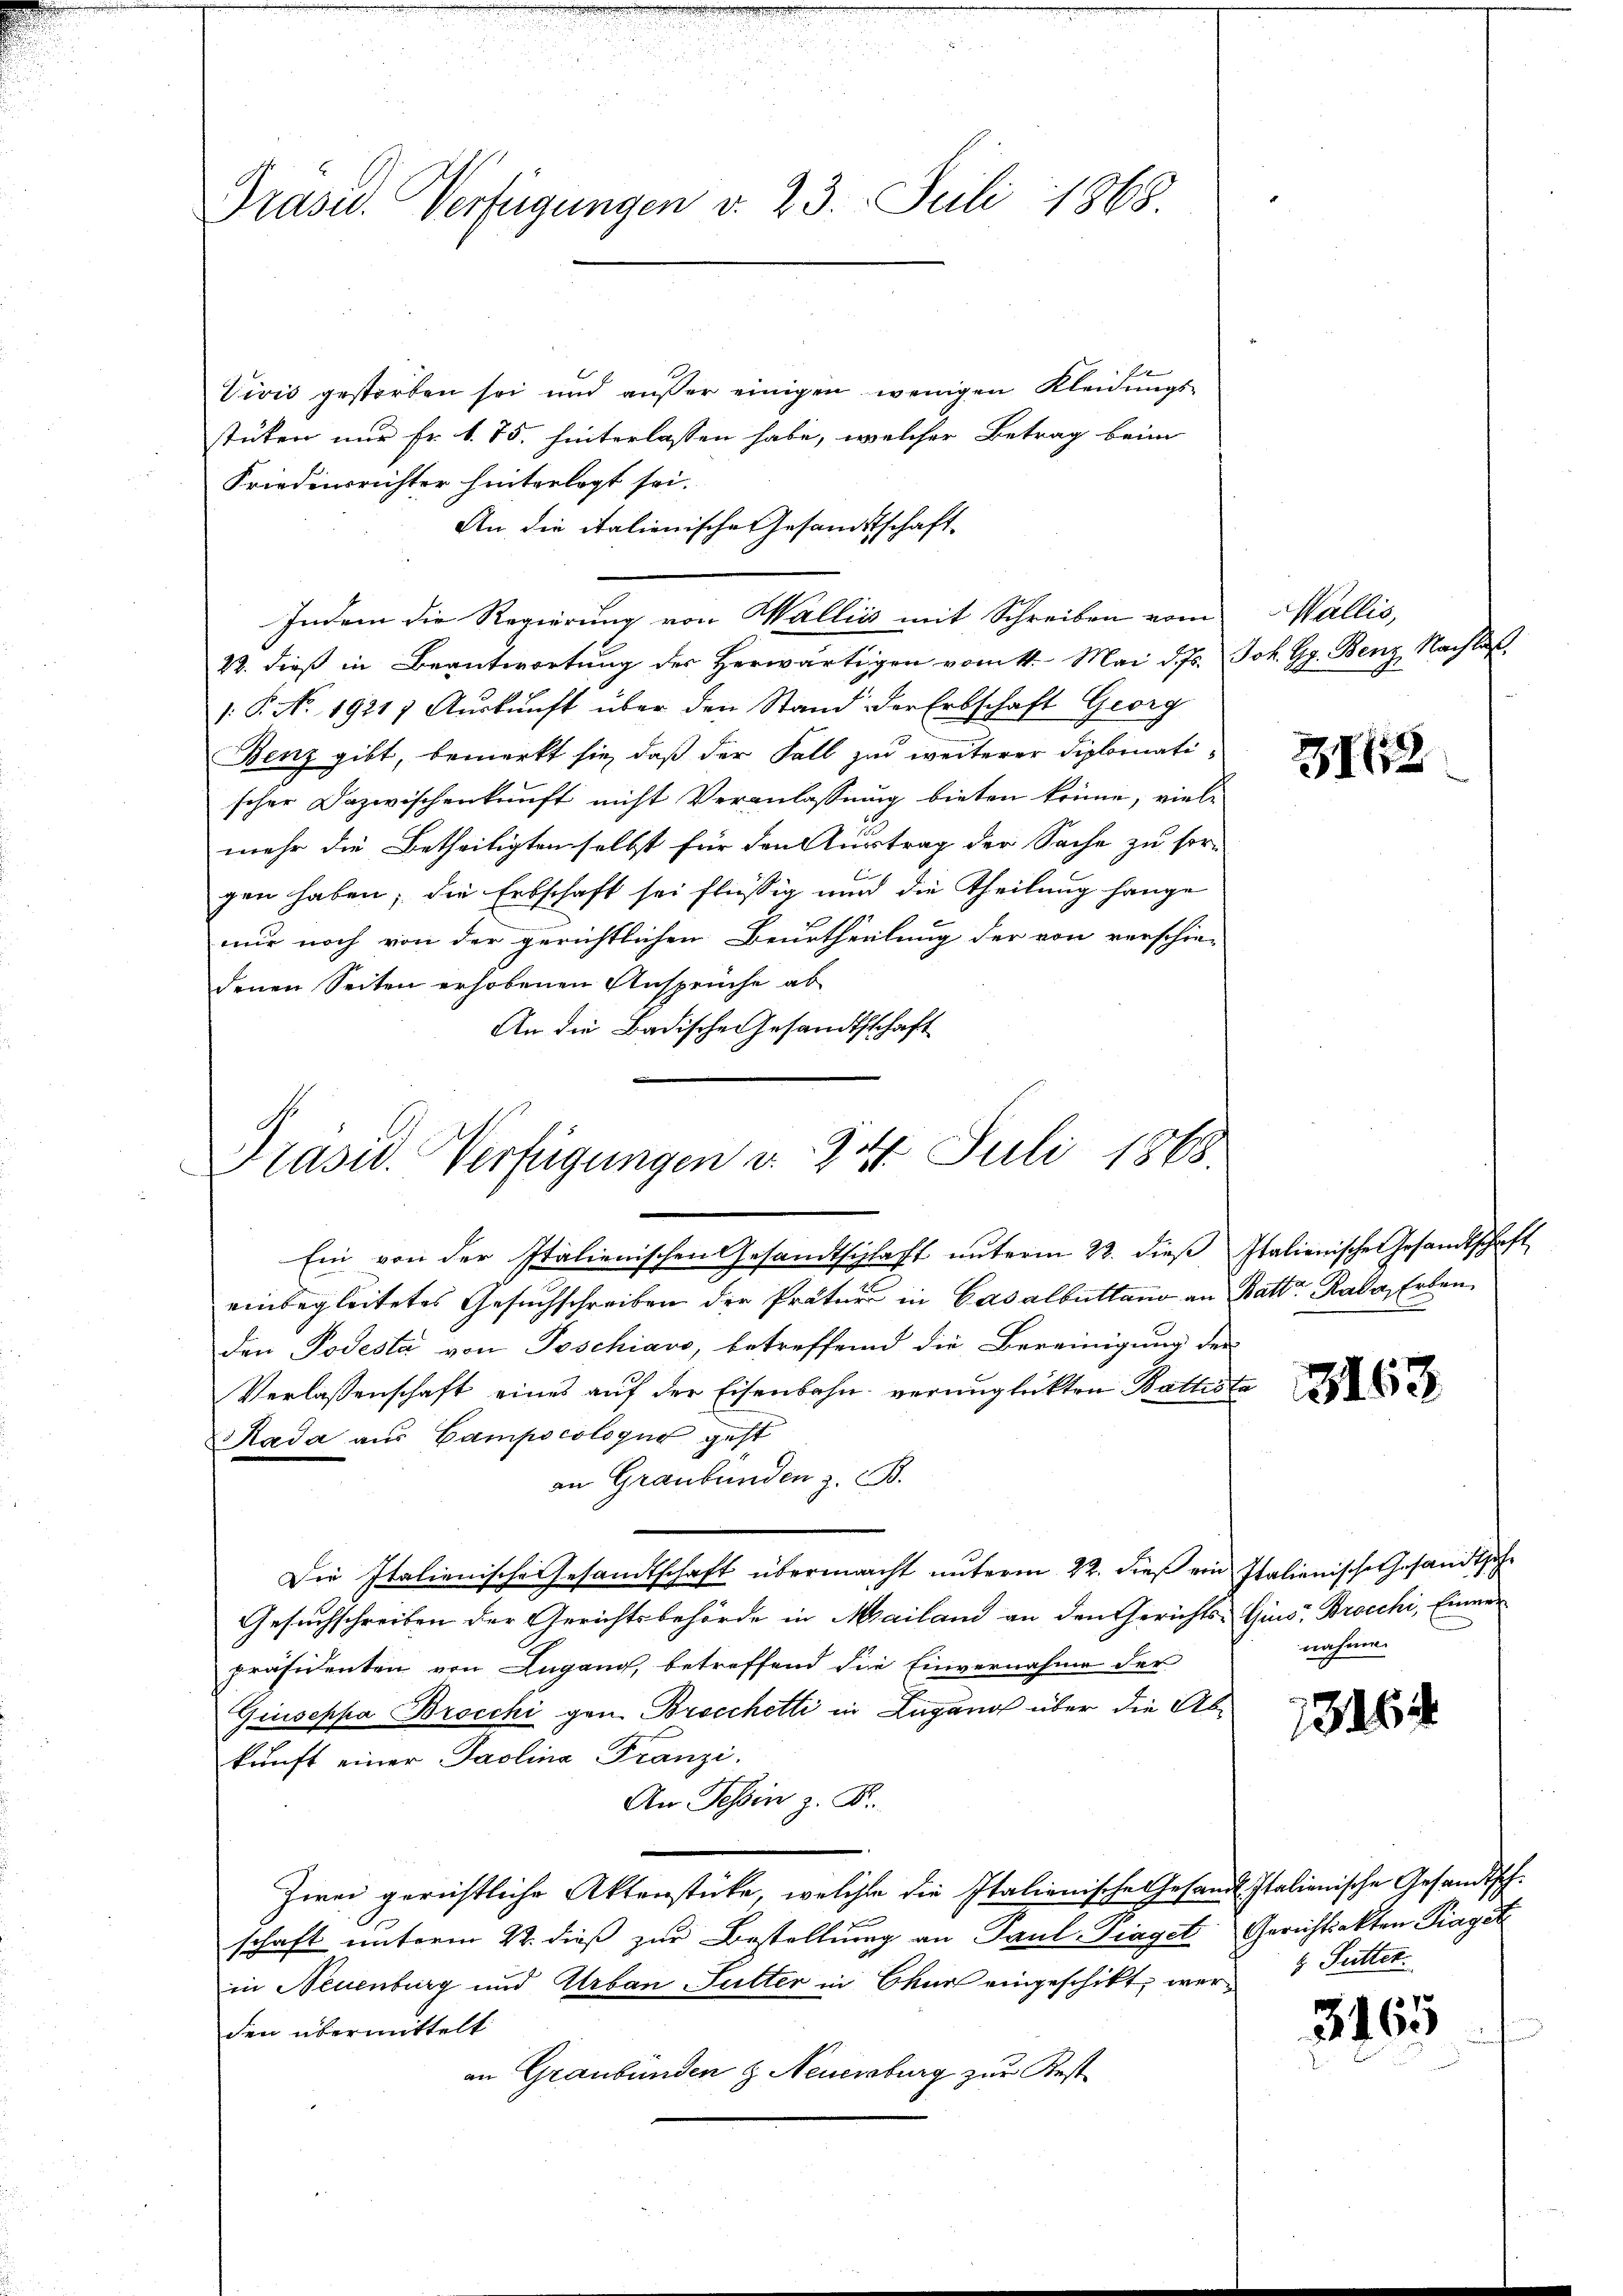
Präsid. Verfügungen v. 23. Juli 1868.

Vivis gestorben sei und außer einigen wenigen Kleidungs-
stüken nur Fr. 1. 75. hinterlassen habe, welcher Betrag beim
Friedensrichter hinterlegt sei.
An die italienische Gesandtschaft
22. dieß in Beantwortung der herwärtigen vom 11. Mai d. Js. Joh. Gg. Benz, Nachlaß
.P. No. 19217 Aŭskŭnft über den Stand der Erbschaft Georg
Benz gibt, bemerkt sie, daß der Fall zur weiterer Diplomati-
scher Dazwischenkunft nicht Veranlassung bieten könne, viele
mehr die Betheiligten selbst für den Austrag der Sache zu sor-
gen haben; die Erbschaft sei flüssig und die Theilung hange
nur noch von der gerichtlichen Beurtheilung der von verschie-
denen Seiten erhobenen Ansprüche ab
An die Badischeresandtschaft

Indem die Regierung von Walliis mit Schreiben vom

Präsid. Verfügungen v. 24. Juli 1863.

Wallis,

Ein von der Italienischen Gesandtschaft ŭnterm 22. dieβ Italienische Gesandtschaft
einbegleitetes Gesuchschreiben der Präter in Casalbutland an Batte Kala, Erben
den Podestà von Poschiavo, betreffend die Bereinigung der
Verlassenschaft eines auf der Eisenbahn verunglückten Battesta
Kada aus Campocologus geht
an Graubünden z. B.
Die Italienische Gesandtschaft übermacht unterm 22. dieß ein Italienische Gesandtsche
Gesuchschreiben der Gerichtsbehörde in Mailand an den Gerichts-Guis Brocchi, Einner
präsidenten von Lugang, betreffend die Einvernahme der
Giuseppa Brocchi gen. Brocchetti in Lugano über die Abkŭnft einer Paolina Franzi
An Tessin z. K.
Zwei gerichtliche Aktenstücke, welche die Italienische Gesandt Italienische Gesandtschschaft unterm 22. dieß zur Bestellung an Paul Piaget Gerichtsakten Piaget
in Neuenburg und Urban Sutter in Chur eingeschikt, werden übermittelt
an Graubünden & Neuenburg zur Best

3162

e

3163

nahme.

134

4 Sutter.

3165